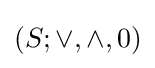
(S;\vee ,\wedge ,0)